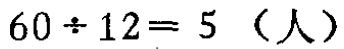
\(60\div 12 = 5\)（人）